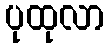
ပုထုလာ